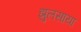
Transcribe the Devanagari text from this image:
झुलसाया